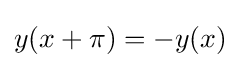
y(x+\pi )=-y(x)